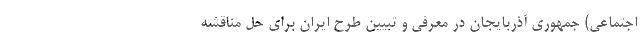
اجتماعی) جمهوری آذربایجان در معرفی و تبیین طرح ایران برای حل مناقشه